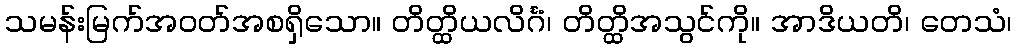
သမန်းမြက်အဝတ်အစရှိသော။ တိတ္ထိယလိင်္ဂံ၊ တိတ္ထိအသွင်ကို။ အာဒိယတိ၊ တေသံ၊